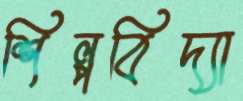
শিল্পবিদ্যা